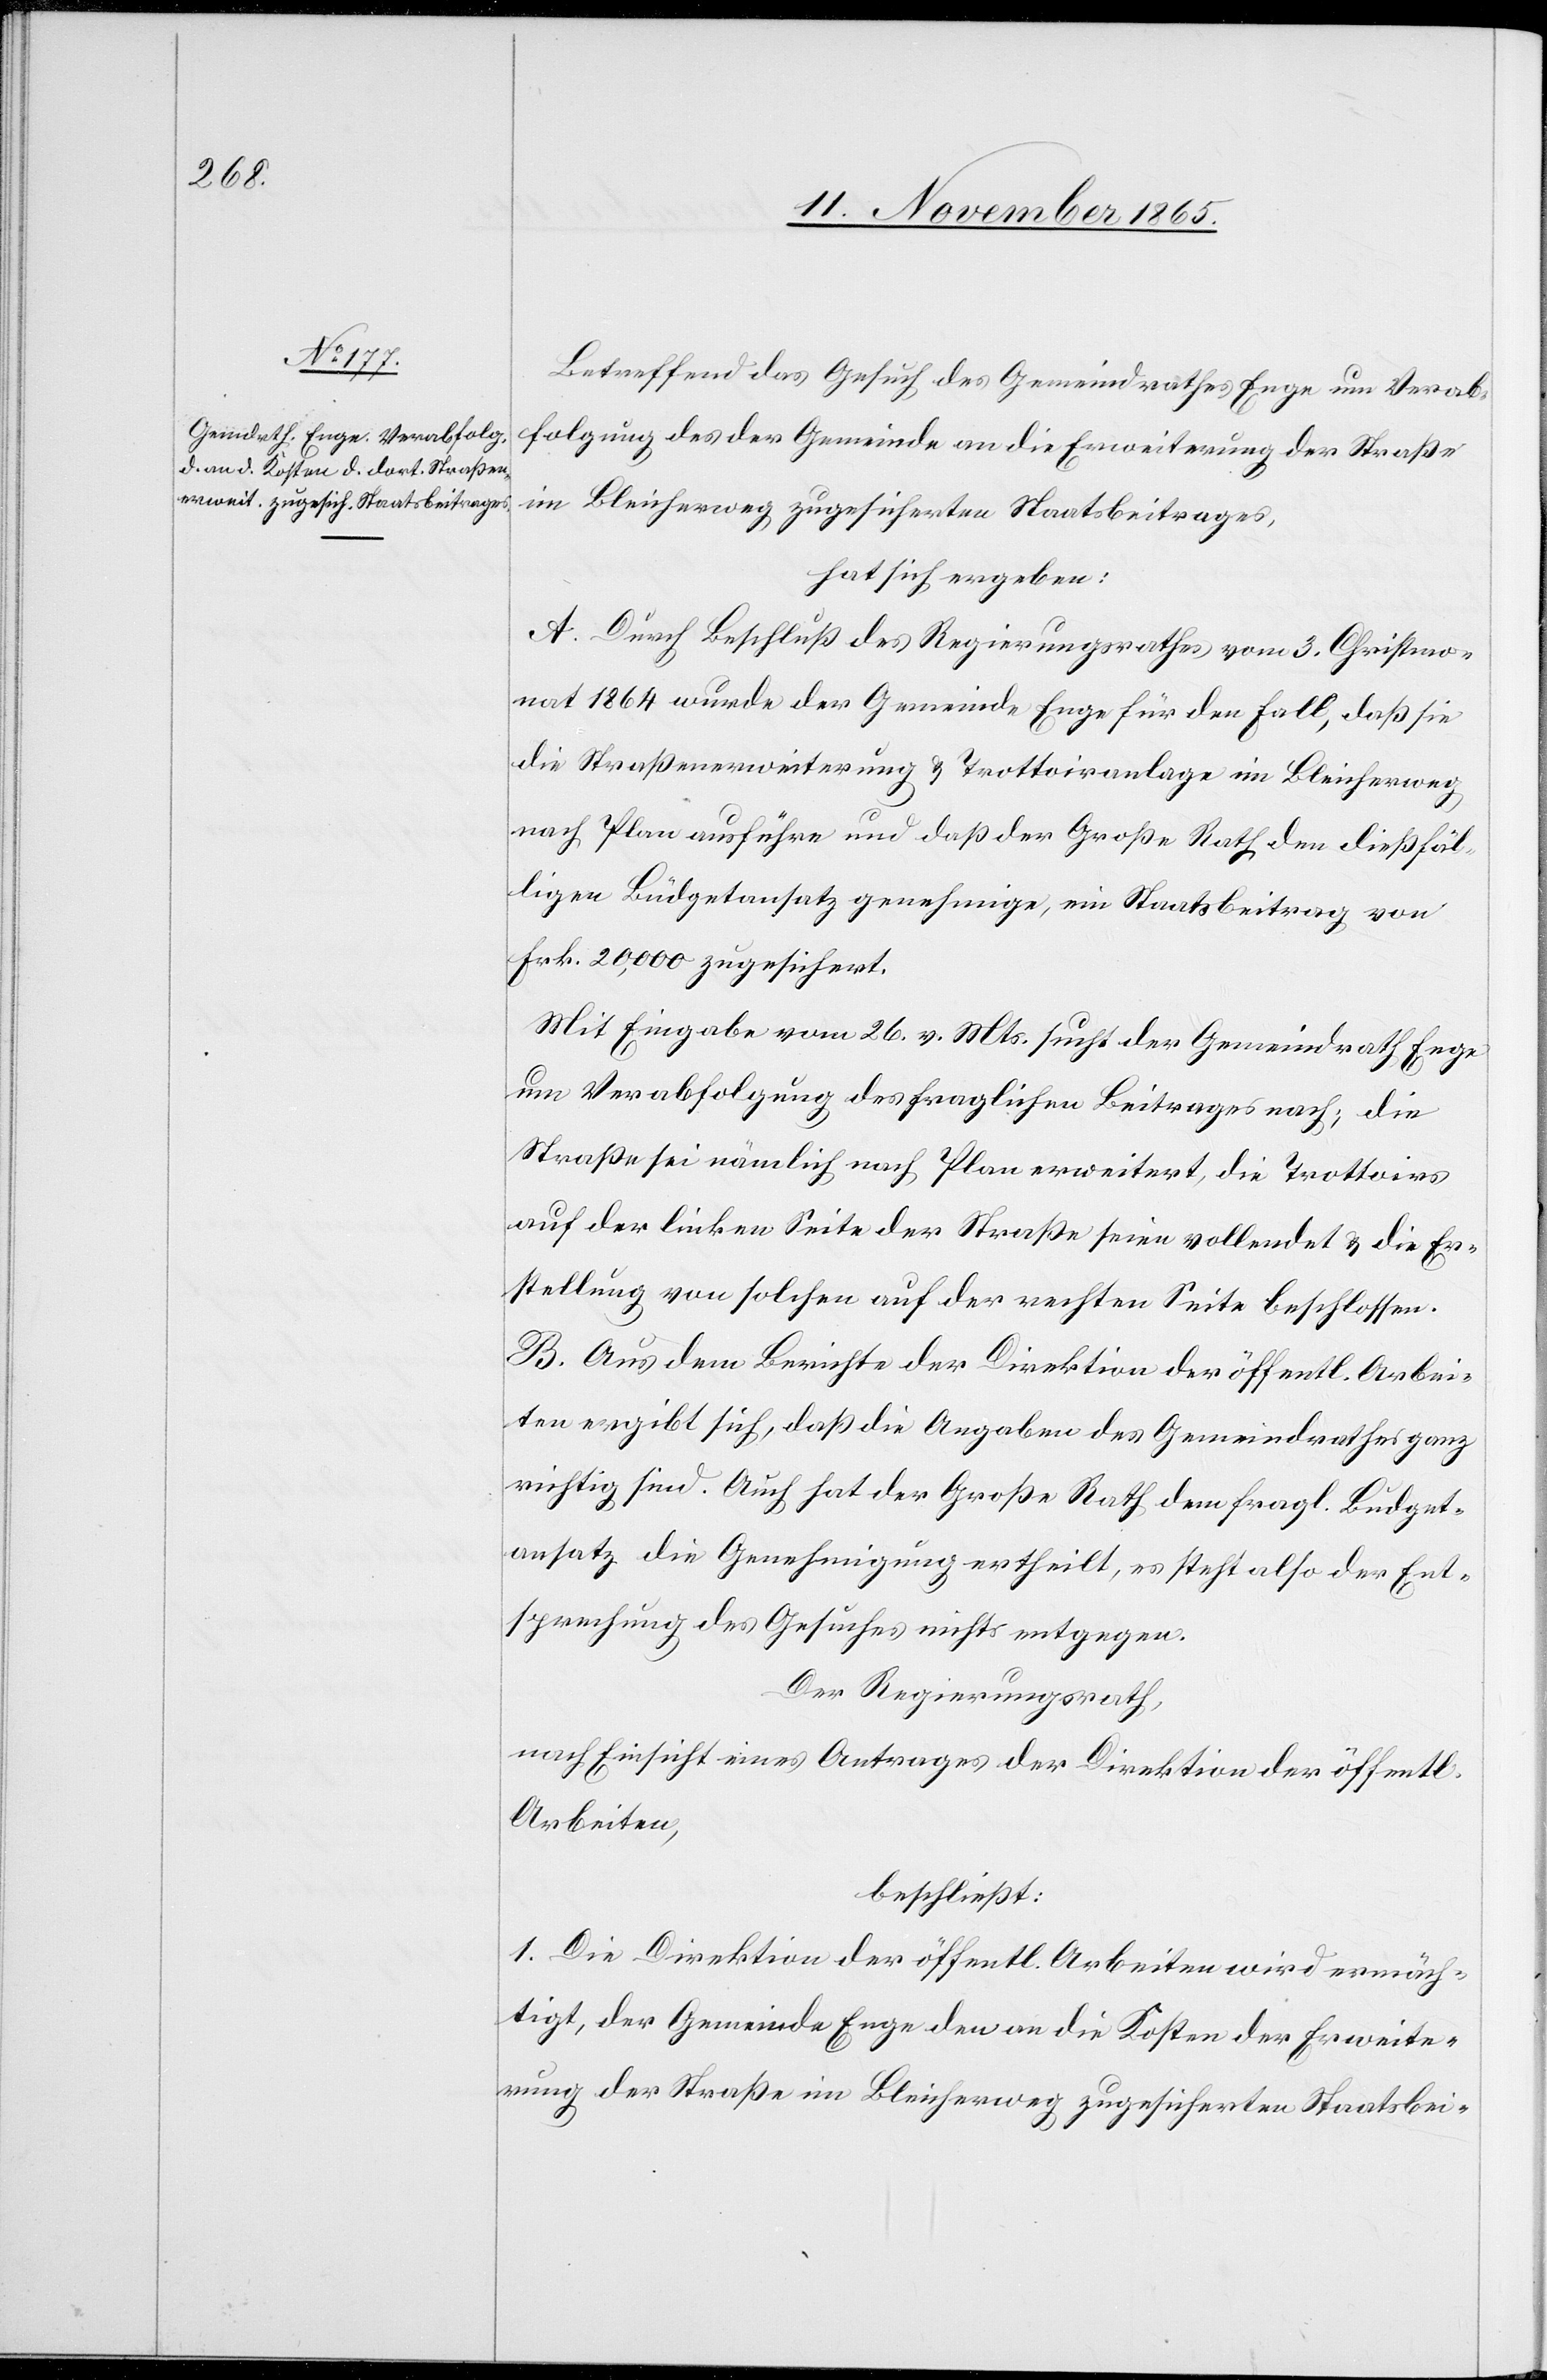
Betreffend das Gesuch des Gemeindrathes Enge um Verab¬
folgung des der Gemeinde an die Erweiterung der Straße
im Bleicherweg zugesicherten Staatsbeitrages,
hat sich ergeben:
A. Durch Beschluß des Regierungsrathes vom 3. Christmo¬
nat 1864 wurde der Gemeinde Enge für den Fall, daß sie
die Straßenerweiterung & Trottoiranlage im Bleicherweg
nach Plan ausführe und daß der Große Rath den dießfäl¬
ligen Büdgetansatz genehmige, ein Staatsbeitrag von
Frk. 20,000 zugesichert.
Mit Eingabe vom 26. v. Mts. sucht der Gemeindrath Enge
um Verabfolgung des fraglichen Beitrages nach; die
Straße sei nämlich nach Plan erweitert, die Trottoirs
auf der linken Seite der Straße seien vollendet & die Er¬
stellung von solchen auf der rechten Seite beschlossen.
B. Aus dem Berichte der Direktion der öffentl. Arbei¬
ten ergibt sich, daß die Angaben der Gemeindrathes ganz
richtig sind. Auch hat der Große Rath dem fragl. Büdget¬
ansatz die Genehmigung ertheilt, es steht also der Ent¬
sprechung des Gesuches nichts entgegen.
Der Regierungsrath,
nach Einsicht eines Antrages der Direktion der öffentl.
Arbeiten,
beschließt:
1. Die Direktion der öffentl. Arbeiten wird ermäch¬
tigt, der Gemeinde Enge den an die Kosten der Erweite¬
rung der Straße im Bleicherweg zugesicherten Staatsbei-